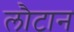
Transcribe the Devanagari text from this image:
लौटान